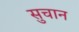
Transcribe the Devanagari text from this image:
सुचान